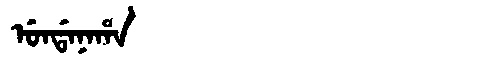
Manchu: ᡠᠨᡩᠠᠨᠠᡥᠠ
Romanization: UNDANAHA